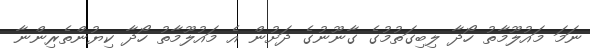
ނަމަ މައުލޫމާތު ހޯދާ ލިބިގަތުމުގެ ގާނޫނުގެ ދަށުން އެ މައުލޫމާތު ހޯދާ ކިޔުންތެރިންނާ